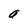
Character: a